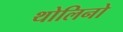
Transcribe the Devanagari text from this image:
थोलिनो